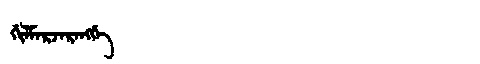
Manchu: ᡤᡳᠯᠮᠠᡵᠵᠠᡵᠠᠩᡤᡝ
Romanization: GILMARJARANGGE